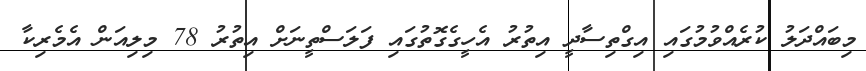
މިބައްދަލު ކުރެއްވުމުގައި އިގްތިސާދީ އިތުރު އެހީގެގޮތުގައި ފަލަސްތީނަށް އިތުރު 78 މިލިއަން އެމެރިކާ